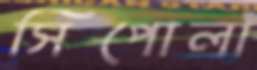
সিপোলা